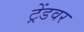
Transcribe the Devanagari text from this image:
ट्रेंडवर